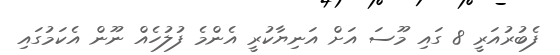
ފެބުރުއަރީ 8 ގައި މޫސަ އަށް އަނިޔާކުރީ އެންމެ ފުލުހެއް ނޫން އެކަމުގައި